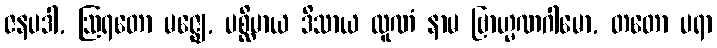
ဇနပဒါ, ဩရတော မဇ္ဈေ, ပစ္ဆိမာယ ဒိသာယ ထူဏံ နာမ ဗြာဟ္မဏဂါမော, တတော ပရာ